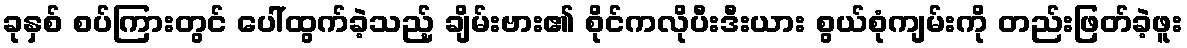
ခုနှစ် စပ်ကြားတွင် ပေါ်ထွက်ခဲ့သည့် ချိမ်းဗား၏ စိုင်ကလိုပီးဒီးယား စွယ်စုံကျမ်းကို တည်းဖြတ်ခဲ့ဖူး